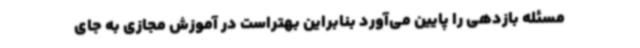
مسئله بازدهی را پایین می‌آورد بنابراین بهتراست در آموزش مجازی به جای